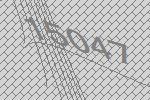
15047